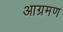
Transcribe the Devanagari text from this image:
आग्रमण